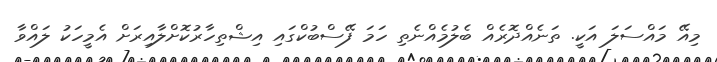
މިއޭ މައްސަލަ އަކީ. ތަނެއްދޮރެއް ބެލުމެއްނެތި ހަމަ ފޭސްބުކްގައި އިޝްތިހާރުކޮށްލާއިރަށް އެމީހަކު ލައްވާ